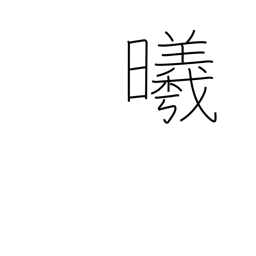
Meaning: the sun